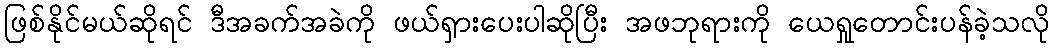
ဖြစ်နိုင်မယ်ဆိုရင် ဒီအခက်အခဲကို ဖယ်ရှားပေးပါဆိုပြီး အဖဘုရားကို ယေရှုတောင်းပန်ခဲ့သလို